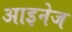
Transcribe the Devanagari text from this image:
आइनेज